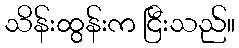
သိန်းထွန်းက ငြီးသည်။